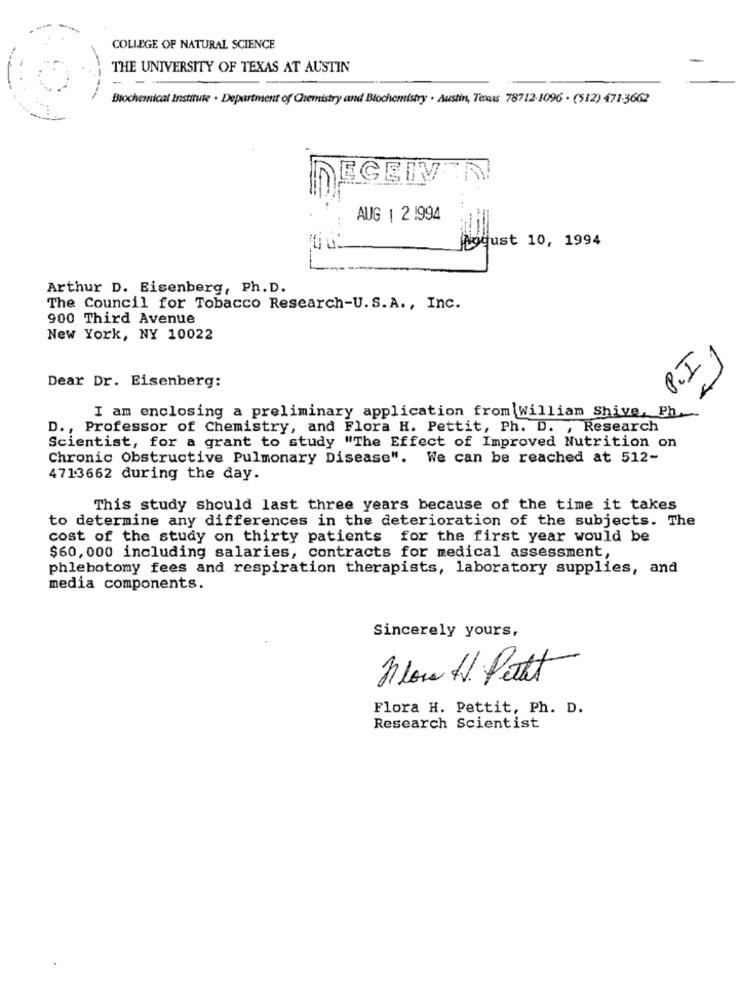
COLLEGE OF NATURAL SCIENCE
THE UNIVERSITY OF TEXAS AT AUSTIN
Biochemical Institute . Department of Chemistry and Biochemistry . Austin, Texas 78712-1096 . (512) 471-3662
EGEIN
. ..
AUG | 2.994
jogjust 10, 1994
Arthur D. Eisenberg, Ph. D.
The Council for Tobacco Research-U.S.A ., Inc.
900 Third Avenue
New York, NY 10022
P.I
Dear Dr. Eisenberg:
4
I am enclosing a preliminary application from william Shive, Ph.
D ., Professor of Chemistry, and Flora H. Pettit, Ph. D. , Research
Scientist, for a grant to study "The Effect of Improved Nutrition on
Chronic Obstructive Pulmonary Disease". We can be reached at 512-
4713662 during the day.
This study should last three years because of the time it takes
to determine any differences in the deterioration of the subjects. The
cost of the study on thirty patients for the first year would be
$60, 000 including salaries, contracts for medical assessment,
phlebotomy fees and respiration therapists, laboratory supplies, and
media components.
Sincerely yours,
Flow H. Petit
Flora H. Pettit, Ph. D.
Research Scientist